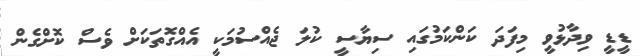
ޑީޑީ ވިދާޅުވީ މިފަދަ ކަންކަމުގައި ސިޔާސީ ކުލަ ޖެއްސުމަކީ އެއްގޮތަކަށް ވެސް ކޮށްގެން